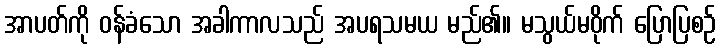
အာပတ်ကို ဝန်ခံသော အခါကာလသည် အပရသမယ မည်၏။ မသွယ်မဝိုက် ပြောပြစဉ်